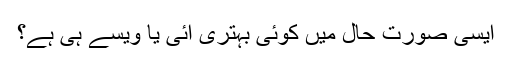
ایسی صورت حال میں کوئی بہتری آئی یا ویسے ہی ہے؟